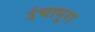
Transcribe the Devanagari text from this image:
उंचापुरा